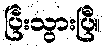
ပြီးသွားပြီ။